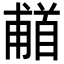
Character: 𬳗